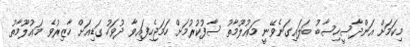
މިކަމަށް އަންދާސީހިސާބު ބަލައިގަނެވޭނީ މަޢުލޫމާތު ސާފުކުރުމަށް ހަމަޖެހިފައިވާ ދުވަހު ގަޑިއަށް ހާޒިރުވެ މަޢުލޫމާތު